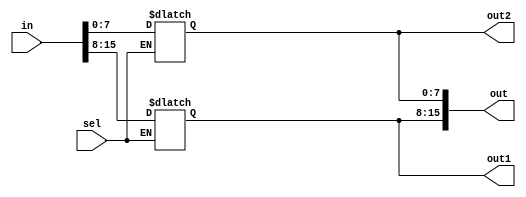
module swap (in, sel, out1,out2, out);

input [15:0] in;
input  sel;

output reg [7:0] out1;
output reg [7:0] out2;

output wire [15:0] out;

always @(*)
begin
	if(sel == 1)
		out1 = in[15:8];
end

always @(*)
begin
	if(sel == 1)
		out2 = in[7:0];
end

assign out = {out1,out2};

endmodule